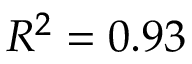
R ^ { 2 } = 0 . 9 3